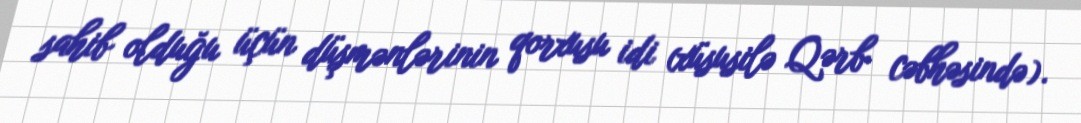
sahib olduğu üçün düşmənlərinin qorxusu idi (xüsusilə Qərb cəbhəsində).